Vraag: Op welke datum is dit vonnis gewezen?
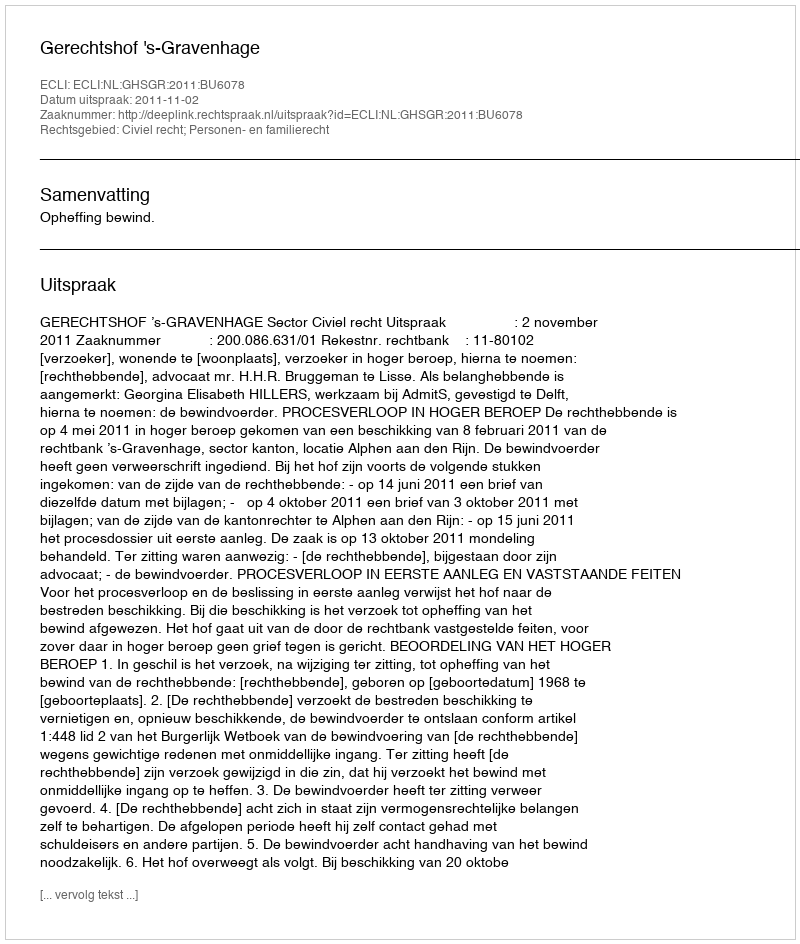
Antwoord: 2011-11-02